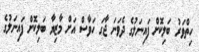
ހިތްވަރު ބަލިކޮށް ފައިނަލުގެ ދެވަނަ ޖާގަ ހަވާސް އަށް މާޒިޔާ ބަލިކޮށް ފަައިނަލުގެ